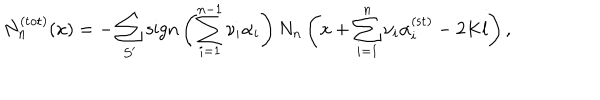
LaTeX: N _ { n } ^ { ( \mathrm { t o t } ) } ( x ) = - \sum _ { { \cal S } ^ { \prime } } \mathrm { s i g n } \left( \sum _ { i = 1 } ^ { n - 1 } \nu _ { i } \alpha _ { i } \right) N _ { n } \left( x + \sum _ { i = 1 } ^ { n } \nu _ { i } \alpha _ { i } ^ { ( \mathrm { s t } ) } - 2 K l \right) ,